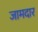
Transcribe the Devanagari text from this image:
जामदार